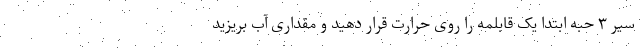
سیر ۳ حبه ابتدا یک قابلمه را روی حرارت قرار دهید و مقداری آب بریزید